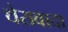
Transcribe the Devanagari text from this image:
थेरावादा